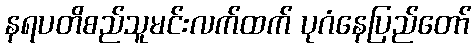
နရပတိစည်သူမင်းလက်ထက် ပုဂံနေပြည်တော်